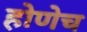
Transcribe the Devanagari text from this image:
होणेच